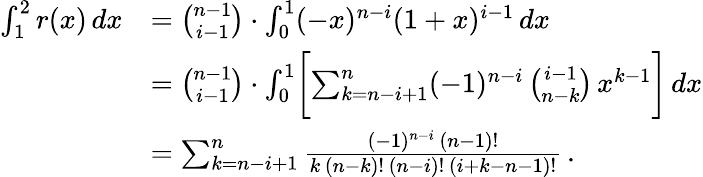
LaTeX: \begin{array}{rl}{\int_{1}^{2}r(x)\, dx}&{=\binom{n-1}{i-1}\cdot\int_{0}^{1}(-x)^{n-i}(1+x)^{i-1}\, dx}\\ &{=\binom{n-1}{i-1}\cdot\int_{0}^{1}\biggl[\sum_{k=n-i+1}^{n}(-1)^{n-i}\, \binom{i-1}{n-k}\, x^{k-1}\biggr]\, dx}\\ &{=\sum_{k=n-i+1}^{n}\frac{(-1)^{n-i}\, (n-1)!}{k\, (n-k)!\, (n-i)!\, (i+k-n-1)!}\, .}\end{array}